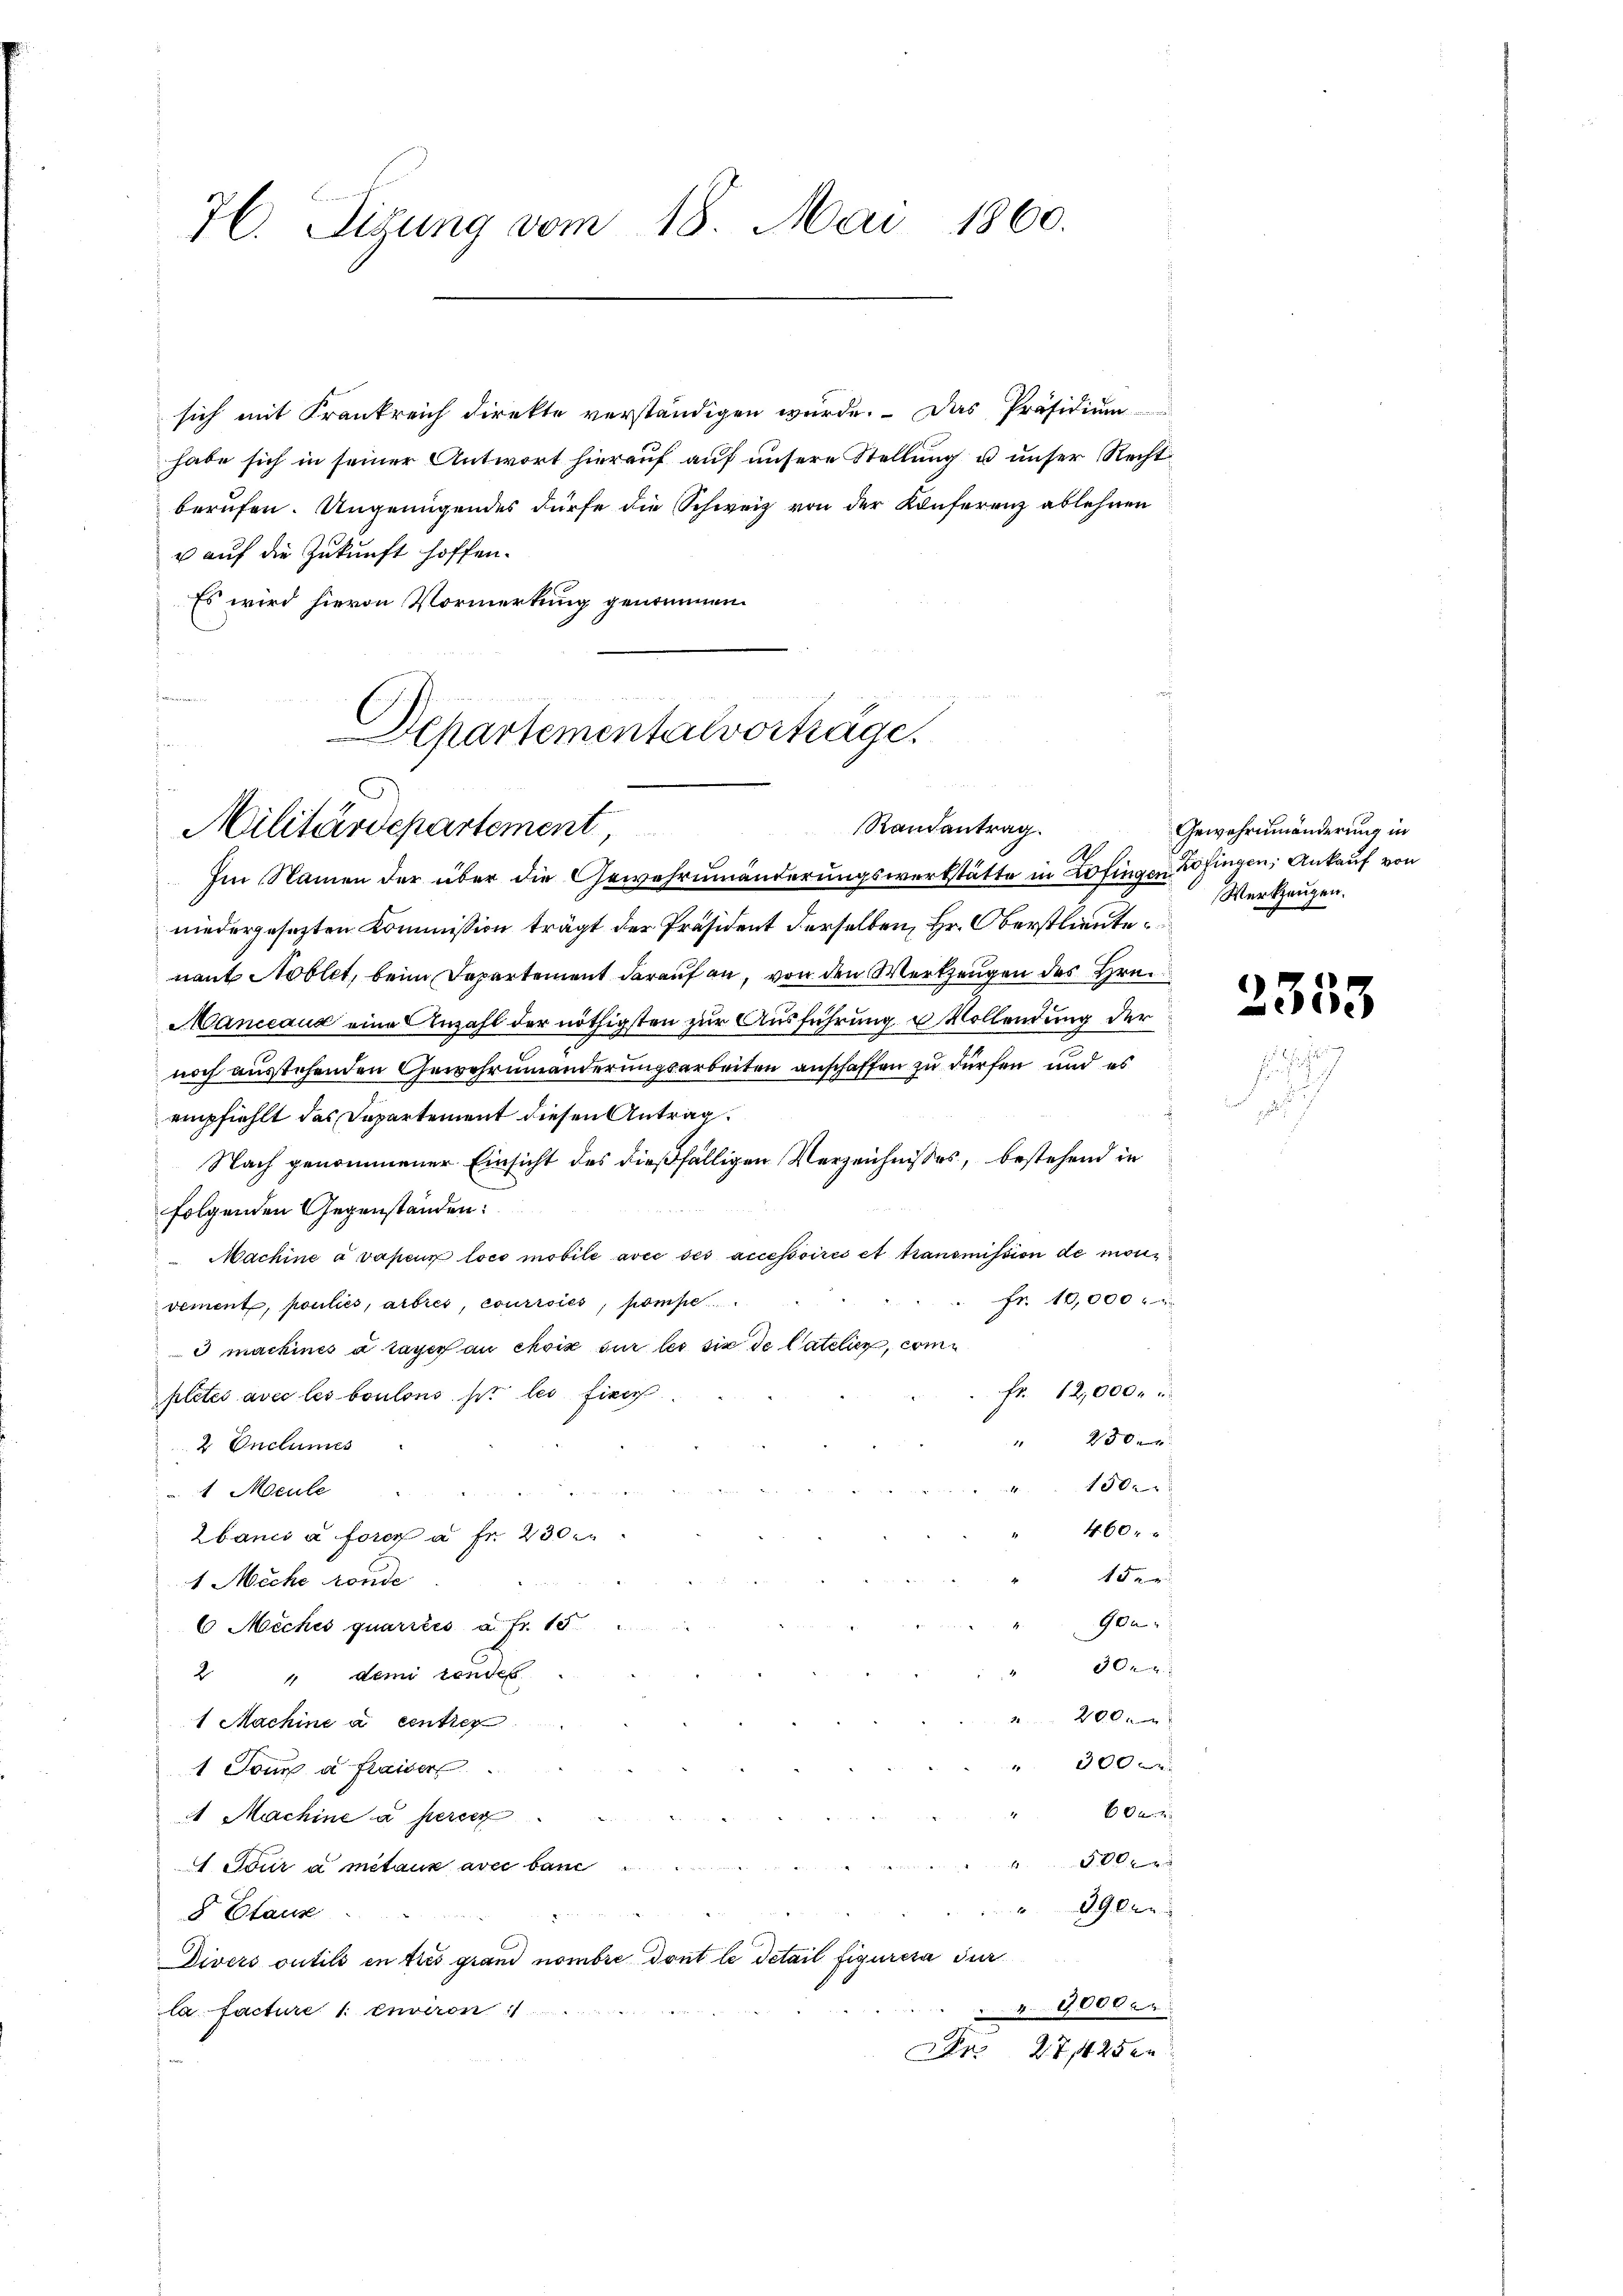
76. Sigung vom 18. Mai 1860.

sich mit Frankreich direkte verständigen wurde. Das Präsidium
habe sich in seiner Antwort hierauf auf unsere Stellung u unser Recht
berufen. Ungenügendes dürfe die Schweiz von der Konferenz ablehnen
u auf die Zukunft hoffen.
Es wird hievon Vormerkung genommen.
N. N. 25.

Departementalvorträge.
.
Randantrag
Militärdepartement,

A.
Im Namen der über die Gewahrnmänderungswerkstätte in Zofingen Zofingen, Ankauf von
niedergesezten Kommission trägt der Präsident derselben, Hr. Oberstlieute
nant Noblet, beim Departement darauf an, von den Werkzeugen des Hrn.
Manieaux eine Anzahl der nöthigsten zur Ausführung u Vollendung der
noch austehenden Gewehrumänderungsarbeiten anschaffen zu dürfen und es
empfiehlt das Departement diesen Antrag.
Nach genommener Einsicht des dießfälligen Verzeichnisses, bestehend in
folgenden Gegenständen:
Machine avaneun loco mobile avec des accessoires et transmission de mon
Fr. 10,000.
vement, pouties, arbres, courroiés, pompe
3 machines a tages au choix sur les sie de Catelier, com
fr. 12,000.
pletés avec les boulons pr les fine
230x
1
2 Onctumes
41500
1 Meule
460.
2bancs à force a fr 230 f
150
1 Miche sonde

Ge
6 Miches quariées a. fr. 15
30.
2 " dem rendes
200.
1 Machine a centier
" 300
1 Joux à fraiser
"60xx
A Machine a percer
00x
1. Tour a metaus aver band
 390 un
8 Claus
Divers outils en tres grand nombre dont le detail figurera dur
" 9000 er
la facture 1 environ
Den 27. 425 en

Gewehrnmänderung in
Werkzeugen.

2353